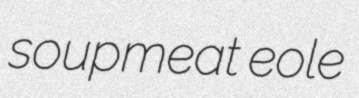
soupmeat eole